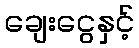
ချေးငွေနှင့်